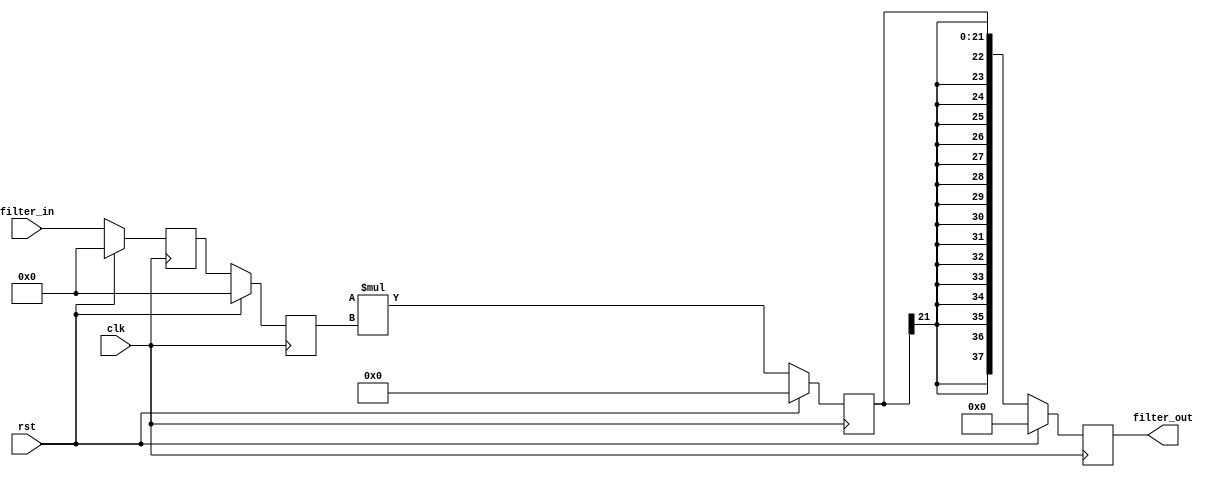
`timescale 1ns / 1ps

module fir_golden #(
	parameter INPUT_WIDTH = 18,
	parameter NUMBER_TAPS = 4
)
(
	input clk,
	input rst,
	input wire signed [INPUT_WIDTH - 1:0] filter_in,
	output reg signed [37:0] filter_out
);

	reg signed [INPUT_WIDTH-1:0] delay_pipeline[NUMBER_TAPS - 1:0];
	integer i = 0;
	reg signed [INPUT_WIDTH - 1:0] data_in_buff;
	reg signed [INPUT_WIDTH - 1:0] dout_mem [NUMBER_TAPS - 1: 0];
	reg signed [INPUT_WIDTH - 1:0] dout_golden_mem [NUMBER_TAPS - 1: 0];

	wire signed [19:0] coeff[NUMBER_TAPS - 1:0];

	reg signed [21:0] product[NUMBER_TAPS - 1:0];

	always @(posedge clk) begin
    	if (rst) begin
    	    filter_out <= 0;
			data_in_buff <= 0;
			for (i = 0; i < NUMBER_TAPS; i = i + 1) begin
        	    delay_pipeline[i] <= 0;
				product[i] <= 0;
        	end
    	end else begin
			data_in_buff <= filter_in;
			for (i = 0; i < NUMBER_TAPS; i = i + 1) begin
				if (i == 0) begin
					delay_pipeline[i] <= data_in_buff;
				end else begin
					delay_pipeline[i] <= delay_pipeline[i-1];
				end
    		    product[i] <= coeff[i] * delay_pipeline[i];
    		end

        	filter_out <= product[0];
    	end
	end

endmodule